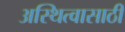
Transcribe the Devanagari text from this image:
अस्थित्वासाठी